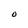
Character: O